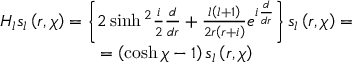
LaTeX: \begin{array} { c } { { H _ { l } s _ { l } \left( r , \chi \right) = \left\{ 2 \sinh { } ^ { 2 } \frac { i } { 2 } \frac { d } { d r } + \frac { l \left( l + 1 \right) } { 2 r \left( r + i \right) } e ^ { i \frac { d } { d r } } \right\} s _ { l } \left( r , \chi \right) = } } \\ { { = \left( \cosh \chi - 1 \right) s _ { l } \left( r , \chi \right) } } \end{array}